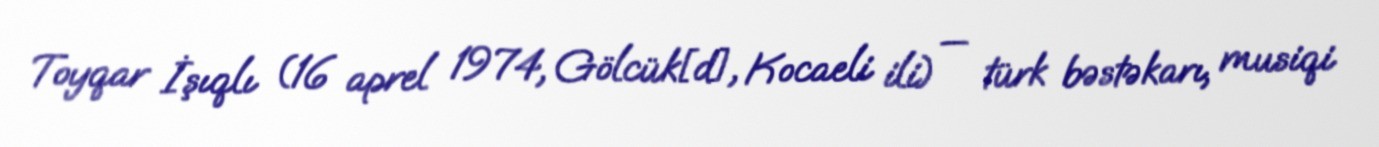
Toyqar İşıqlı (16 aprel 1974, Gölcük[d], Kocaeli ili) — türk bəstəkarı, musiqi